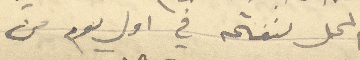
المحال لنفتحه في اول يوم من